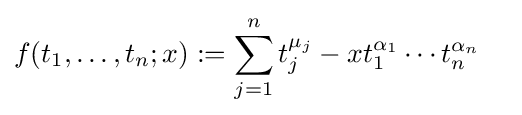
f(t_{1},\dots ,t_{n};x):=\sum \limits _{j=1}^{n}t_{j}^{\mu _{j}}-xt_{1}^{\alpha _{1}}\cdots t_{n}^{\alpha _{n}}\quad